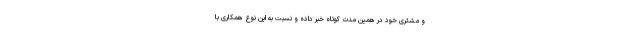
و مشتری خود در همین مدت کوتاه خبر داده و نسبت به این نوع همکاری با